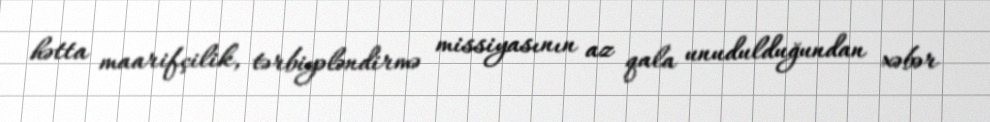
hətta maarifçilik, tərbiyələndirmə missiyasının az qala unudulduğundan xəbər